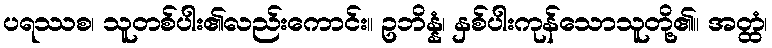
ပရဿစ၊ သူတစ်ပါး၏လည်းကောင်း။ ဥဘိန္နံ၊ နှစ်ပါးကုန်သောသူတို့၏။ အတ္ထံ၊